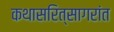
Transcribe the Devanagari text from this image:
कथासरित्सागरांत